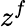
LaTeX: z^{f}